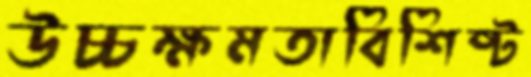
উচ্চক্ষমতাবিশিষ্ট